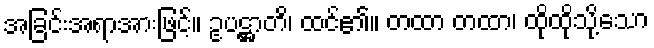
အခြင်းအရာအားဖြင့်။ ဥပဋ္ဌာတိ၊ ထင်၏။ တထာ တထာ၊ ထိုထိုသို့သော